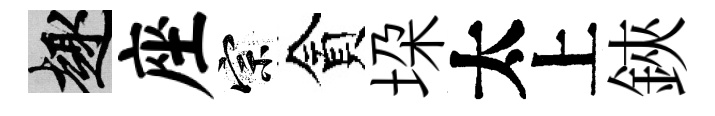
趣座宗貪垜太上鋏